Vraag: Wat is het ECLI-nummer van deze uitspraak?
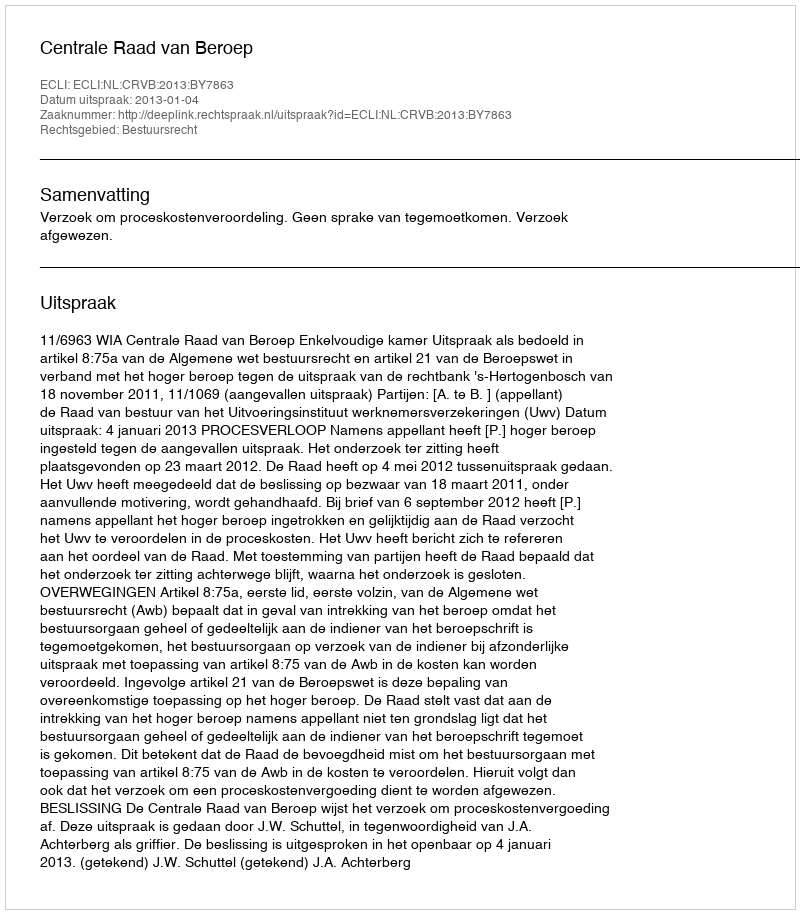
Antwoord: ECLI:NL:CRVB:2013:BY7863